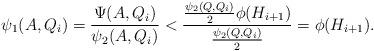
LaTeX: \begin{align*}\psi_1 (A, Q_{i}) = \frac{\Psi (A, Q_i)}{\psi_2(A,Q_{i})} < \frac{\frac{\psi_2(Q,Q_{i})}{2}\phi(H_{i+1})}{\frac{\psi_2(Q,Q_{i})}{2}} = \phi(H_{i+1}).\end{align*}